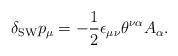
LaTeX: \begin{align*} \delta_{\mathrm{SW}}p_\mu=-\frac{1}{2}\epsilon_{\mu\nu} \theta^{\nu\alpha}A_\alpha.\end{align*}